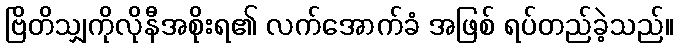
ဗြိတိသျှကိုလိုနီအစိုးရ၏ လက်အောက်ခံ အဖြစ် ရပ်တည်ခဲ့သည်။